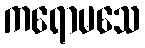
ကရောမသေ